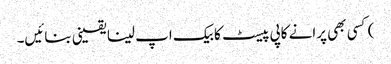
) کسی بھی پرانے کاپی پیسٹ کا بیک اپ لینا یقینی بنائیں۔